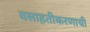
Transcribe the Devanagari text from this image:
वसाहतीकरणाची